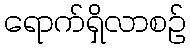
ရောက်ရှိလာစဉ်